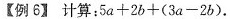
【例6】计算：$$5a+2b+(3a-2b)$$.